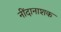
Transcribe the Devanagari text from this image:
नींदानाशक